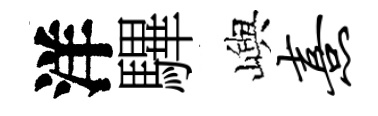
洋驆嶼熹